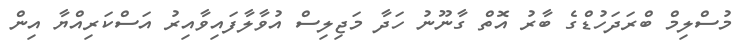
މުސްލިމް ބްރަދަހުޑްގެ ބާރު އޮތް ގާނޫނު ހަދާ މަޖިލިސް އުވާލާފައިވާއިރު އަސްކަރިއްޔާ އިން